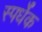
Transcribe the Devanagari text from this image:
स्पर्धेक